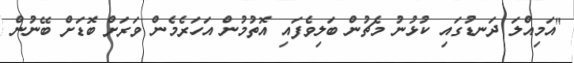
"އަމިއްލަ ދަނޑުގައި ކުޅުނު މެޗުން ބަލިވެފައި އޮތުމުން އަހަރެމެން ވަރަށް ބޮޑަށް ބޭނުން